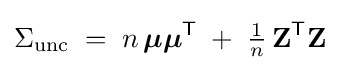
\Sigma _{\text{unc}}\;=\;n\,{\boldsymbol {\mu }}{\boldsymbol {\mu }}^{\mathsf {T}}\;+\;{\tfrac {1}{n}}\,\mathbf {Z} ^{\mathsf {T}}\mathbf {Z}